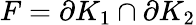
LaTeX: F=\partial K_{1}\cap\partial K_{2}